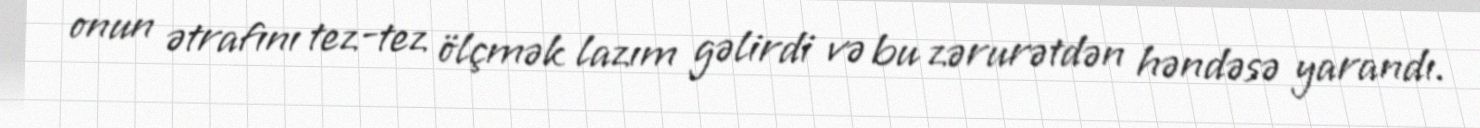
onun ətrafını tez-tez ölçmək lazım gəlirdi və bu zərurətdən həndəsə yarandı.